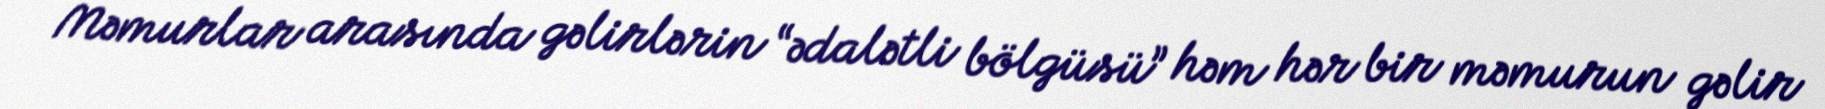
Məmurlar arasında gəlirlərin “ədalətli bölgüsü” həm hər bir məmurun gəlir